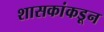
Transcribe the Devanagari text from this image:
शासकांकडून